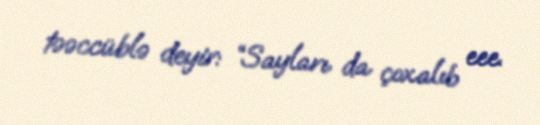
təəccüblə deyir: “Sayları da çoxalıb eee.